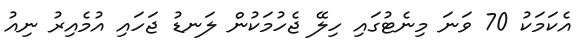
އެކަމަކު 70 ވަނަ މިނެޓުގައި ހިލޭ ޖެހުމަކުން ލަނޑު ޖަހައި އުމެއިރު ނިއު